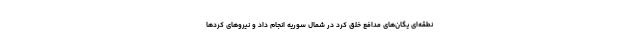
نطقه‌ای یگان‌های مدافع خلق کرد در شمال سوریه انجام داد و نیروهای کردها